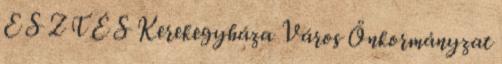
E S Z T É S Kerekegyháza Város Önkormányzat